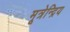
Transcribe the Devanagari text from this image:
मूत्रेन्द्रिय